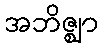
အဘိဇ္ဈာ